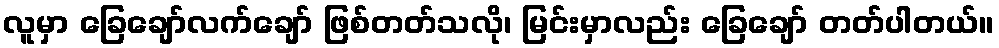
လူမှာ ခြေချော်လက်ချော် ဖြစ်တတ်သလို၊ မြင်းမှာလည်း ခြေချော် တတ်ပါတယ်။